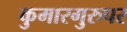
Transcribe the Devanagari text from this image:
कुमारगुरुपर